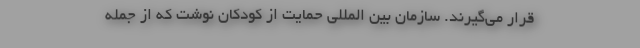
قرار می‌گیرند. سازمان بین المللی حمایت از کودکان نوشت که از جمله